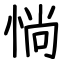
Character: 惝